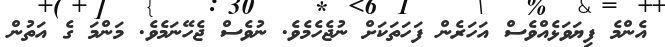
އެންމެ ފިޔަވަޅެއްވެސް އަހަރެން ފަހަތަކަށް ނުޖެހެމެވެ. ނުވެސް ޖެހޭނަމެވެ. މަންމަ ގެ އަތުން